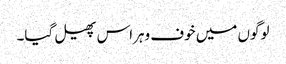
لوگوں میں خوف وہراس پھیل گیا۔